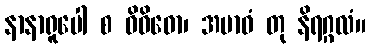
နာနာရူပေါ စ ဝိဝိဓော၊ အဗာဓံ တု နိရဂ္ဂလံ။